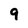
Character: 9